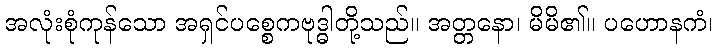
အလုံးစုံကုန်သော အရှင်ပစ္စေကဗုဒ္ဓါတို့သည်။ အတ္တနော၊ မိမိ၏။ ပဟောနကံ၊